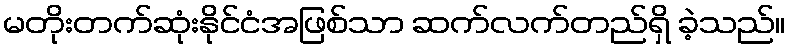
မတိုးတက်ဆုံးနိုင်ငံအဖြစ်သာ ဆက်လက်တည်ရှိ ခဲ့သည်။